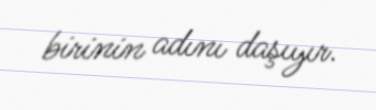
birinin adını daşıyır.